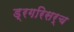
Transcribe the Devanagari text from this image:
ड्रगरिसर्च